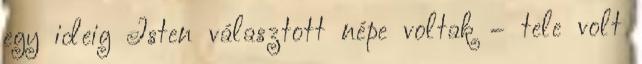
egy ideig Isten választott népe voltak – tele volt